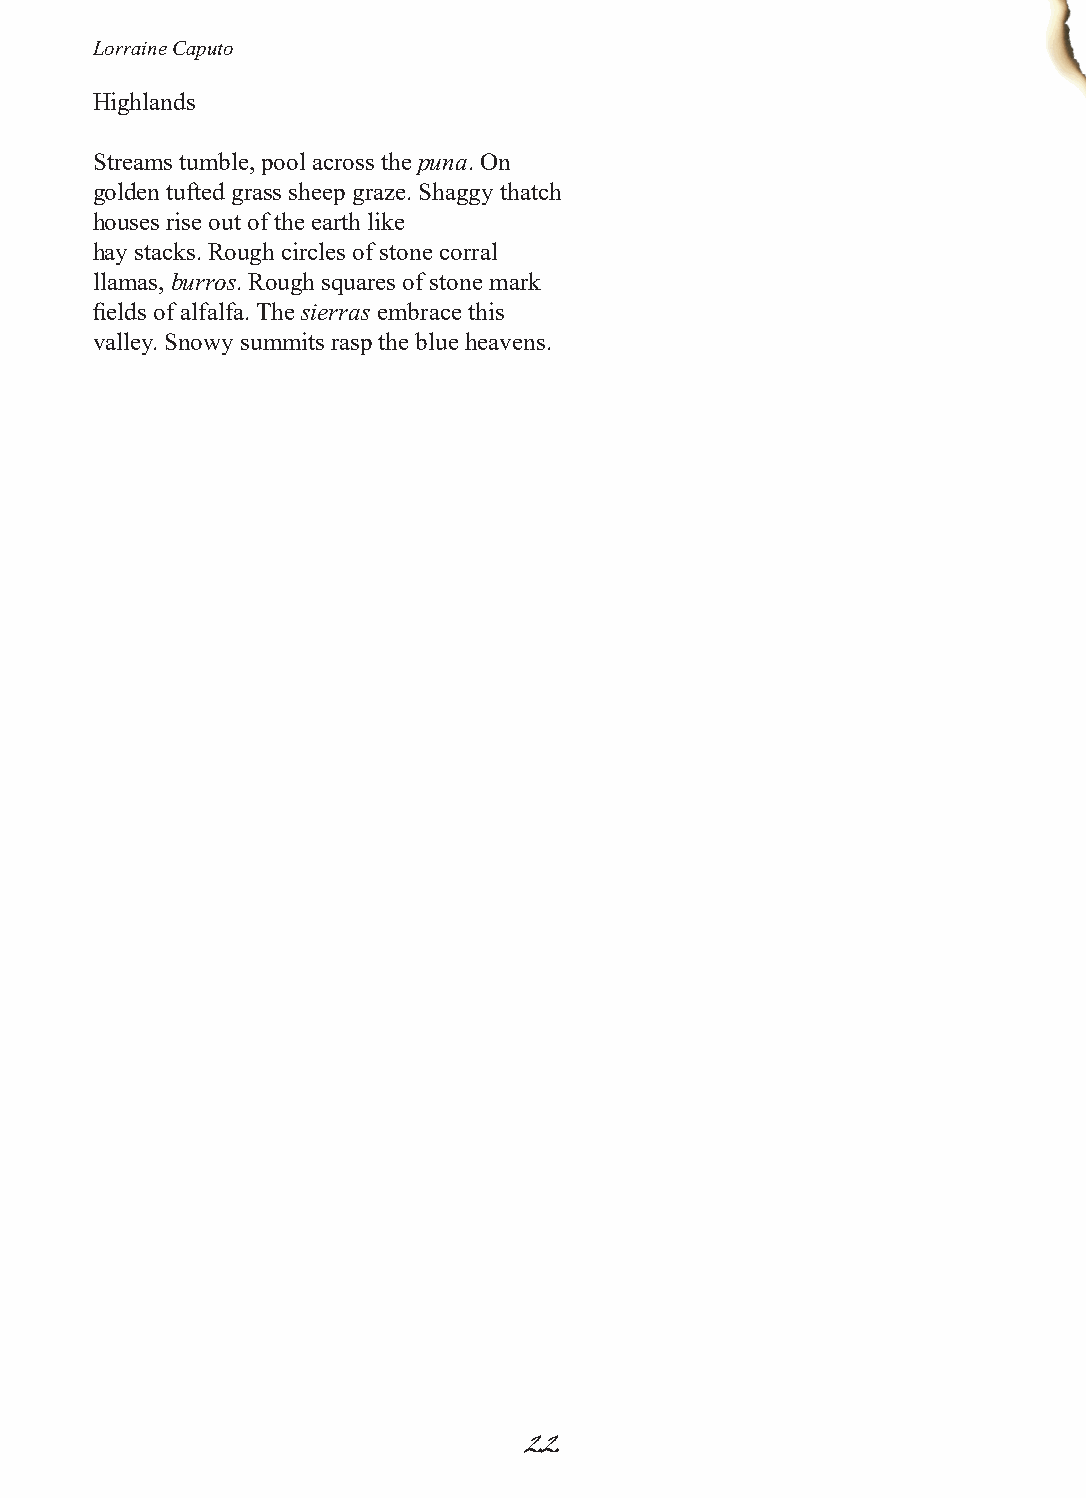
Lorraine Caputo
 Highlands
 Streams tumble, pool across the puna. On
 golden tufted grass sheep graze. Shaggy thatch
 houses rise out of the earth like
 hay stacks. Rough circles of stone corral
 llamas, burros. Rough squares of stone mark
 fields of alfalfa. The sierras embrace this
 valley. Snowy summits rasp the blue heavens.
 22